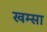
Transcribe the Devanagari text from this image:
खम्सा